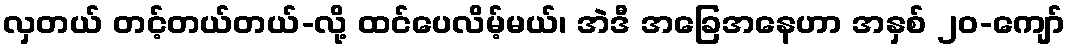
လှတယ် တင့်တယ်တယ်-လို့ ထင်ပေလိမ့်မယ်၊ အဲဒီ အခြေအနေဟာ အနှစ် ၂၀-ကျော်